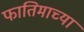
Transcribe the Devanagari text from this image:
फातिमाच्या